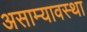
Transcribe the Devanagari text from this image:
असाम्यावस्था